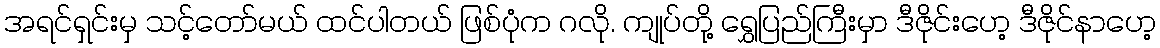
အရင်ရှင်းမှ သင့်တော်မယ် ထင်ပါတယ် ဖြစ်ပုံက ဂလို. ကျုပ်တို့ ရွှေပြည်ကြီးမှာ ဒီဇိုင်းဟေ့ ဒီဇိုင်နာဟေ့